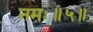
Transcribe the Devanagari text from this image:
नमः॥५॥